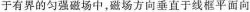
于有界的匀强磁场中，磁场方向垂直于线框平面向